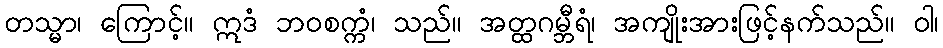
တသ္မာ၊ ကြောင့်။ ဣဒံ ဘဝစက္ကံ၊ သည်။ အတ္ထဂမ္ဘီရံ၊ အကျိုးအားဖြင့်နက်သည်။ ဝါ၊